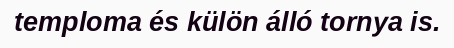
temploma és külön álló tornya is.